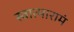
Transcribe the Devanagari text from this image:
स्वात्मारामं